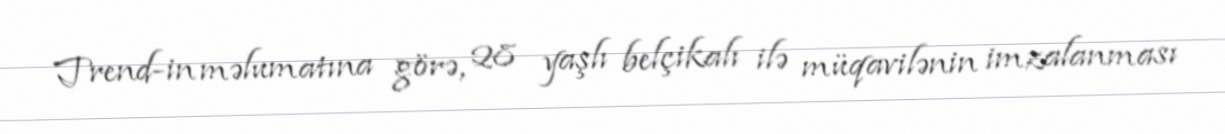
Trend-in məlumatına görə, 28 yaşlı belçikalı ilə müqavilənin imzalanması